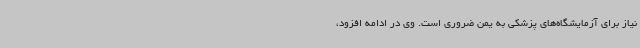
نیاز برای آزمایشگاه‌های پزشکی به یمن ضروری است. وی در ادامه افزود،